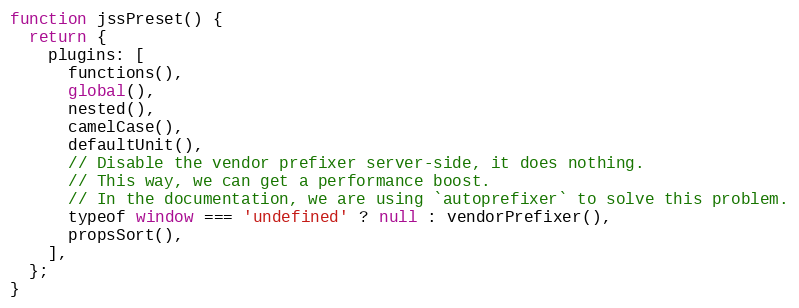
Language: JavaScript
function jssPreset() {
  return {
    plugins: [
      functions(),
      global(),
      nested(),
      camelCase(),
      defaultUnit(),
      // Disable the vendor prefixer server-side, it does nothing.
      // This way, we can get a performance boost.
      // In the documentation, we are using `autoprefixer` to solve this problem.
      typeof window === 'undefined' ? null : vendorPrefixer(),
      propsSort(),
    ],
  };
}